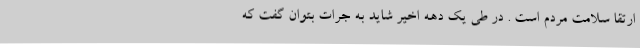
ارتقا سلامت مردم است . در طی یک دهه اخیر شاید به جرات بتوان گفت که